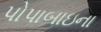
પોપાબાઇના